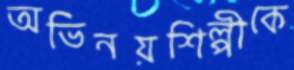
অভিনয়শিল্পীকে